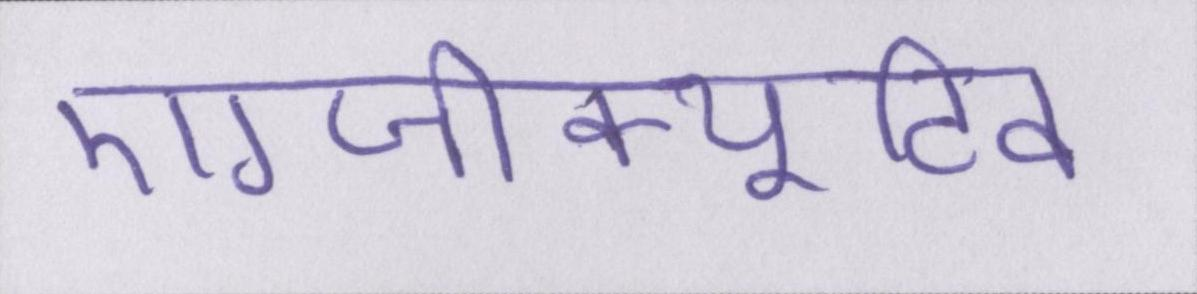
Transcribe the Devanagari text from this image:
एग्जीक्यूटिव